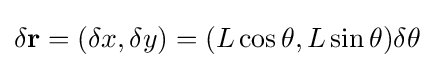
\delta \mathbf {r} =(\delta x,\delta y)=(L\cos \theta ,L\sin \theta )\delta \theta